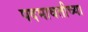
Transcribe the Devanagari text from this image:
पदमावतीच्या